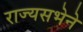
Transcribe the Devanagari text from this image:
राज्यसभेने